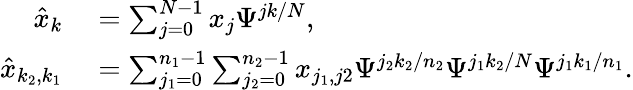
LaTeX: \begin{array}{rl}{\hat{x}_{k}}&{{}=\sum_{j=0}^{N-1}x_{j}\Psi^{jk/N},}\\ {\hat{x}_{k_{2},k_{1}}}&{{}=\sum_{j_{1}=0}^{n_{1}-1}\sum_{j_{2}=0}^{n_{2}-1}x_{j_{1},j2}\Psi^{j_{2}k_{2}/n_{2}}\Psi^{j_{1}k_{2}/N}\Psi^{j_{1}k_{1}/n_{1}}.}\end{array}